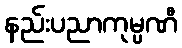
နည်းပညာကုမ္ပဏီ